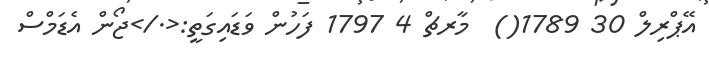
އޭޕްރިލް 30 1789()  މާރޗް 4 1797 ފަހުން ވަޑައިގަތީ:<./>ޖޯން އެޑަމްސް